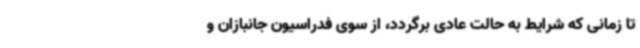
تا زمانی که شرایط به حالت عادی برگردد، از سوی فدراسیون جانبازان و